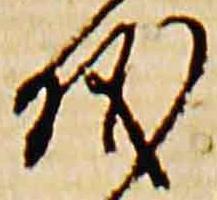
儀